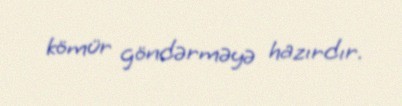
kömür göndərməyə hazırdır.